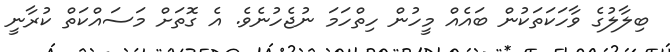
ބިލާލުގެ ވާހަކަތަކުން ބައެއް މީހުން ހިތްހަމަ ނުޖެހުނެވެ. އެ ގޮތަށް މަސައްކަތް ކުރާނީ